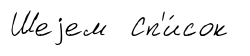
Шеjем Сп'и́сок